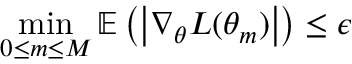
\operatorname* { m i n } _ { 0 \leq m \leq M } \mathbb { E } \left( \left| \nabla _ { \theta } L ( \theta _ { m } ) \right| \right) \leq \epsilon